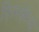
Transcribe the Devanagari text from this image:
फ़िनलैन्ड